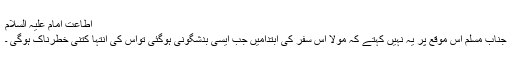
اطاعت امام علیہ السلام
جناب مسلم اس موقع پر یہ نہیں کہتے کہ مولا اس سفر کی ابتدامیں جب ایسی بدشگونی ہوگئی تواس کی انتہا کتنی خطرناک ہوگی ۔